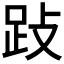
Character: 𰸅